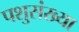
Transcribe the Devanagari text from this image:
पशुसंख्या